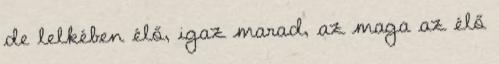
de lelkében élő, igaz marad, az maga az élő